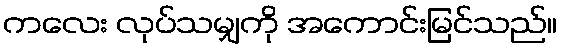
ကလေး လုပ်သမျှကို အကောင်းမြင်သည်။